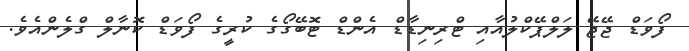
ފޯވަޑް ޖޭޖޭ ލަލްޕޭކްލުއާއި ޓްރިނިޑާޑް އެންޑް ޓޮބޭގޯގެ ކުރީގެ ފޯވަޑް ކޮނާލް ގްލެންއެވެ.